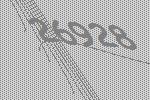
26928